Report of the Municipal Commissioner on the plague in Bombay for the year ending 31st May... - Volume 1
Disease focus: Plague
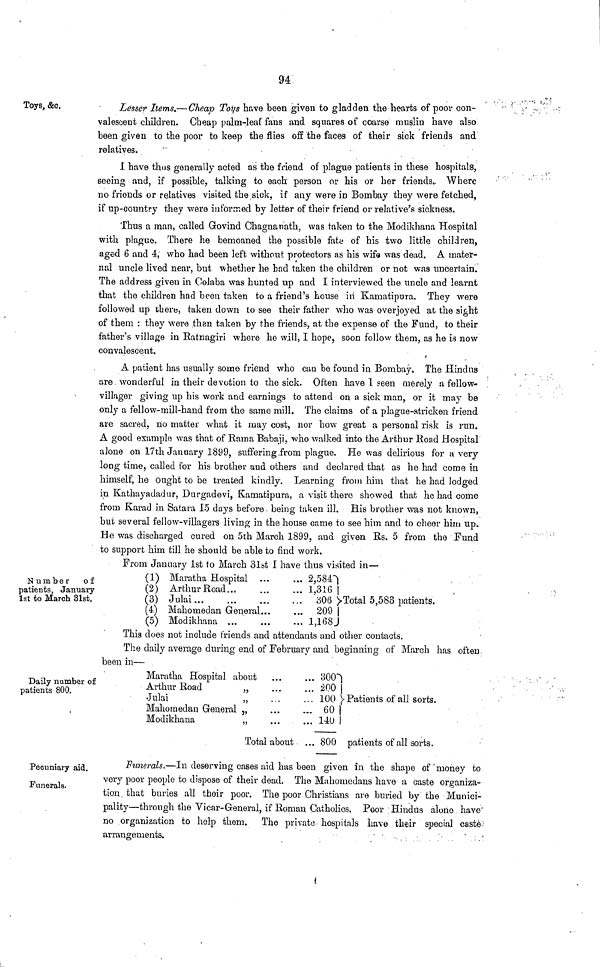
94
Toys, &c.
Lesser Items.— Cheap Toys have been given to gladden the hearts of poor con-
valescent children. Cheap palm-leaf fans and squares of coarse muslin have also
been given to the poor to keep the flies off the faces of their sick friends and
relatives.
I have thus generally acted as the friend of plague patients in these hospitals,
seeing and, if possible, talking to each person or his or her friends. Where
no friends or relatives visited the sick, if any were in Bombay they were fetched,
if up-country they were informed by letter of their friend or relative's sickness.
Thus a man, called Govind Chagnanath, was taken to the Modikhana Hospital
with plague. There he bemoaned the possible fate of his two little children,
aged 6 and 4, who had been left without protectors as his wife was dead. A mater-
nal uncle lived near, but whether he had taken the children or not was uncertain.
The address given in Colaba was hunted up and I interviewed the uncle and learnt
that the children had been taken to a friend's house in Kamatipura. They were
followed up there, taken down to see their father who was overjoyed at the sight
of them : they were than taken by the friends, at the expense of the Fund, to their
father's village in Ratnagiri where he will, I hope, soon follow them, as he is now
convalescent.
A patient has usually some friend who can be found in Bombay. The Hindus
are wonderful in their devotion to the sick. Often have I seen merely a fellow-
villager giving up his work and earnings to attend on a sick man, or it may be
only a fellow-mill-hand from the same mill. The claims of a plague-stricken friend
are sacred, no matter what it may cost, nor how great a personal risk is run.
A good example was that of Rama Babaji, who walked into the Arthur Road Hospital
alone on 17th January 1899, suffering from plague. He was delirious for a very
long time, called for his brother and others and declared that as he had come in
himself, he ought to be treated kindly. Learning from him that he had lodged
in Kathayadadur, Durgadevi, Kamatipura, a visit there showed that he had come
from Karad in Satara 15 days before being taken ill. His brother was not known,
but several fellow-villagers living in the house came to see him and to cheer him up.
He was discharged cured on 5th March 1899, and given Rs. 5 from the Fund
to support him till he should be able to find work.
Number of
patients, January
1st to March 31st.
From January 1st to March 31st I have thus visited in—
(1) \^J
(2)
(3)
(4)
(5)
JMaratha Hospital ...
Arthur Road...
Julai ...
Mahomedan General...
Modikhana ...
...2 584
... 1,316
306
... 209
... 1,168
Total 5,583 patients.
Daily number of
patients 800.
lins does not incluae friends and attendants and other contacts.
The daily average during end of February and beginning of March has often
been in—
Maratha Hospital about
Arthur Road
,,
Julai
„
Mahomedan General „
Modikhana
„
Total about
... 300
... 200
... loo
... 60
...
140
... 800
Patients of all sorts.
patients of all sorts.
Pecuniary aid.
Funerals.
Funerals.—In deserving cases aid has been given in the shape of money to
very poor people to dispose of their dead. The Muhomedans have a caste organiza-
tion that buries all their poor. The poor Christians are buried by the Munici-
pality—through the Vicar-General, if Roman Catholics. Poor Hindus alono have
no organization to help them. The private hospitals have their special caste
arrangements.